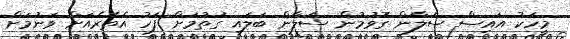
މީހަކު އައިސް ސަލާން ގޮވުމުން ސަލާން ބަލައި ގަތުމަށް ފަހު އެތެރެއަށް ވަނުމަށް